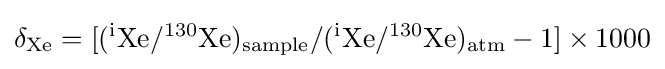
{\rm {\delta _{Xe}=[(^{i}Xe/^{130}Xe)_{sample}/(^{i}Xe/^{130}Xe)_{atm}-1]\times 1000}}